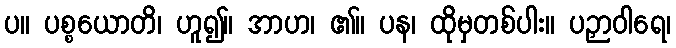
ပ။ ပစ္စယောတိ၊ ဟူ၍။ အာဟ၊ ၏။ ပန၊ ထိုမှတစ်ပါး။ ပဉှာဝါရေ၊